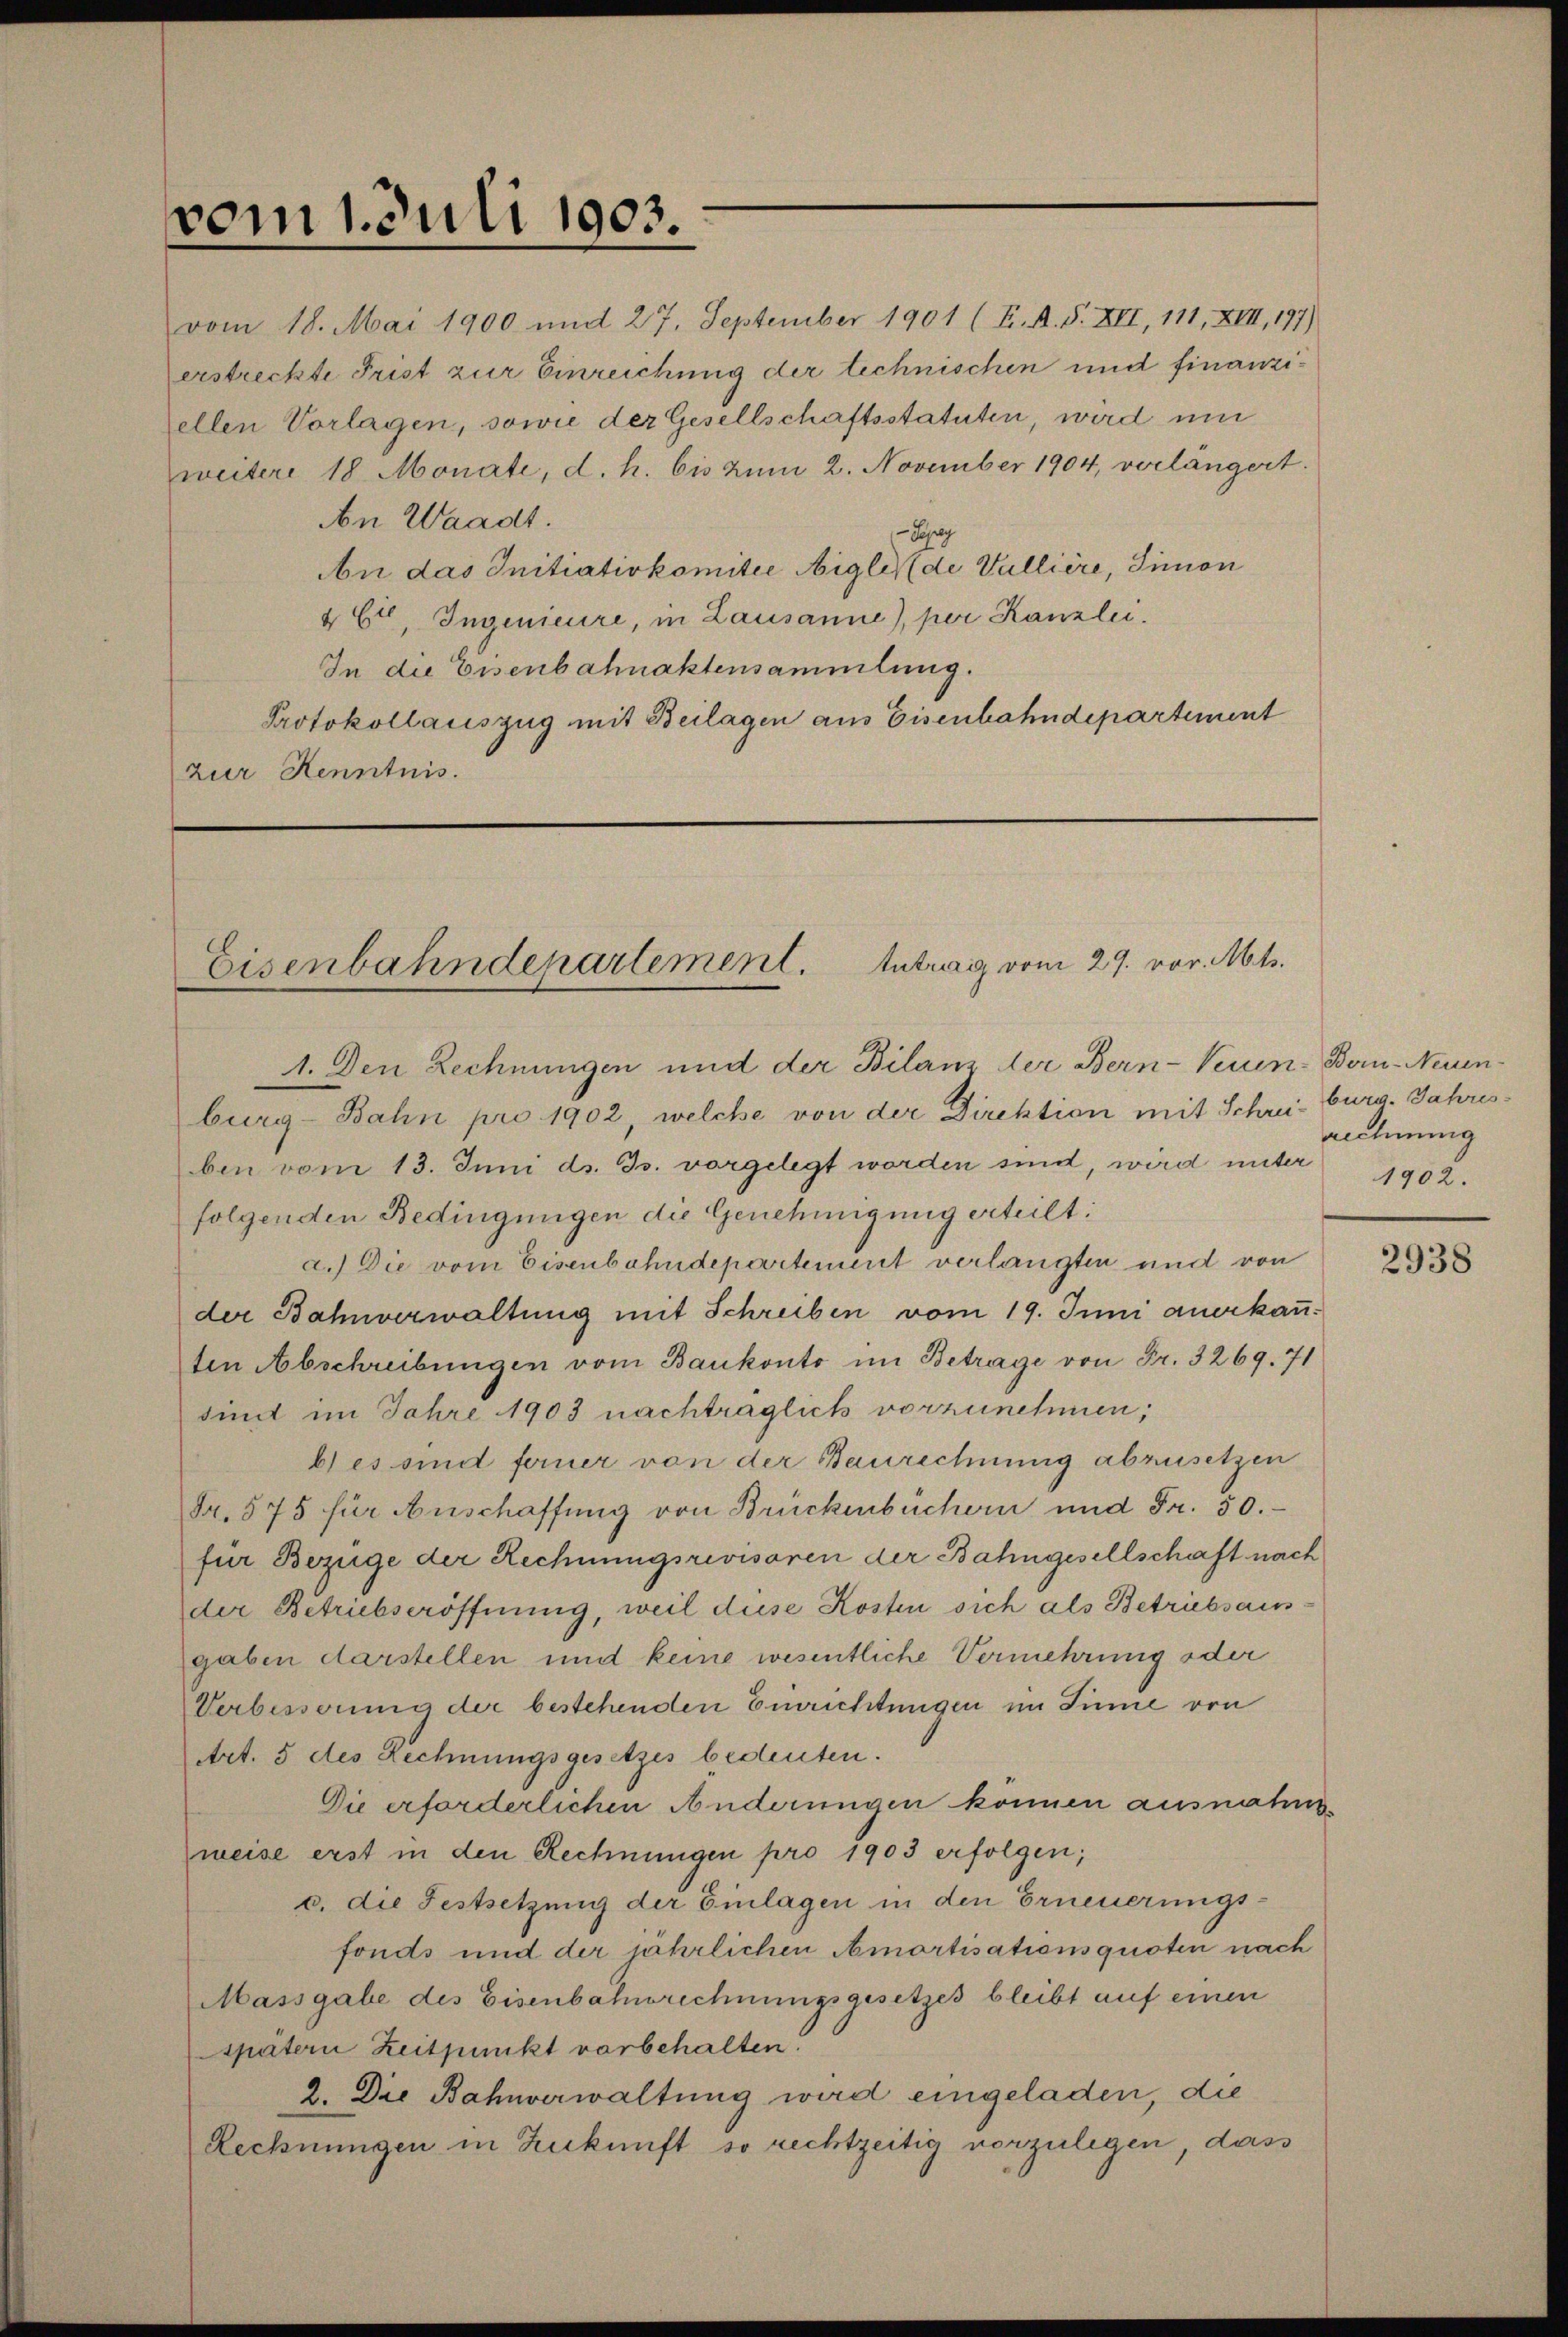
vom 1. Juli 1903.

An Waadt.
-Spey
An das Initiativkomitee Aigle de Vulliere, Simon
46t, Ingenieure, in Lausanne), per Kanzlei.
In die Eisenbahnaktensammlung.
Protokollauszug mit Beilagen aus Eisenbahndepartement
zur Kenntnis.

vom 18. Mai 1900 und 27. September 1901 (T. A. S. XII, 111, XIII, 197)
erstreckte Frist zur Einreichung der technischen und finanziellen Vorlagen, sowie der Gesellschaftsstatuten, wird um
weitere 18 Monate, d. h. bis zum 2. November 1904, verlängert.

Eisenbahndepartement. Antrag vom 29. vor. Mts.
1. Den Rechnungen und der Bilanz der Bern-Neuen-Bern-Neuen-

burg-Bahn pro 1902, welche von der Direktion mit Schreiburg. Jahresben vom 13. Juni d. Js. vorgelegt worden sind, wird unter
folgenden Bedingungen die Genehmigung erteilt:
a.) Die vom Eisenbahndepartement verlangten und von
der Bahnverwaltung mit Schreiben vom 19. Juni anerkauten Abschreibungen vom Bankonto im Betrage von Fr. 3269. 71
sind im Jahre 1903 nachträglich vorzunehmen,
bles sind ferner von der Baurechnung abzusetzen
Fr. 575 für Anschaffung von Brückenbüchern und Fr. 50.
für Bezüge der Rechnungsrevisoren der Bahngesellschaft nach
der Betriebseröffnung, weil diese Kosten sich als Betriebsaus-
gaben darstellen und keine wesentliche Vermehrung oder
Verbesserung der bestehenden Einrichtungen im Sinne von
Art. 5 des Rechnungsgesetzes bedeuten.
Die erforderlichen Änderungen können ausnahm
weise erst in den Rechnungen pro 1903 erfolgen;
c. die Festsetzung der Einlagen in den Erneuerungs-
fonds und der jährlichen Amortisationsquoten nach
Massgabe des Eisenbahnbrechnungsgesetzes bleibt auf einen
spätern Zeitpunkt vorbehalten.
2. Die Bahnverwaltung wird eingeladen, die
Rechnungen in Zukunft so rechtzeitig vorzulegen, dass

rechnung
1902.

2938